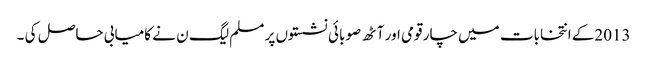
2013کے انتخابات میں چار قومی اور آٹھ صوبائی نشستوں پر مسلم لیگ ن نے کامیابی حاصل کی ۔